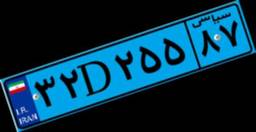
۳۲D۲۵۵۸۷